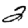
Digit: 2